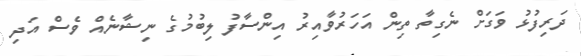
ދަރިފުޅު ވަގަށް ނެގިތާ ތިން އަހަރުވާއިރު އިންސާފު ލިބުމުގެ ނިޝާނެއް ވެސް އަދި